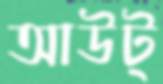
আউট্‌